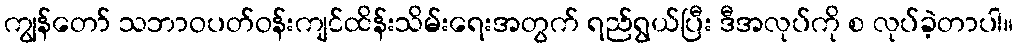
ကျွန်တော် သဘာဝပတ်ဝန်းကျင်ထိန်းသိမ်းရေးအတွက် ရည်ရွယ်ပြီး ဒီအလုပ်ကို စ လုပ်ခဲ့တာပါ။